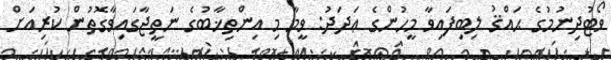
ވޯޓުދިނުމުގެ ޙައްޤު ލިބިފައިވާ މީހުންގެ ޢަދަދު: ވީމާ މި އިންތިޚާބުގެ ނަތީޖާގައިވާގޮތުން ކުރިއަށް